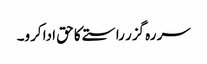
سر رہ گزر راستے کا حق ادا کرو۔